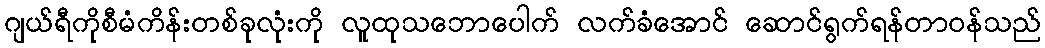
ဂျယ်ရီကိုစီမံကိန်းတစ်ခုလုံးကို လူထုသဘောပေါက် လက်ခံအောင် ဆောင်ရွက်ရန်တာဝန်သည်